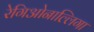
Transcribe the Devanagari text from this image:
रेगिओनाल्लिगा